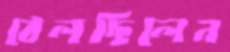
ঠেলছিলেন